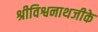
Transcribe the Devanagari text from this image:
श्रीविश्वनाथजीके